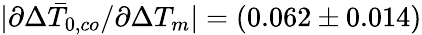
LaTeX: |\partial\Delta\bar{T}_{0,co}/\partial\Delta T_{m}|=(0.062\pm 0.014)